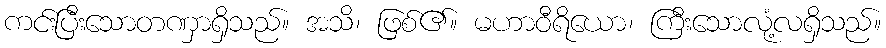
ကင်းပြီးသောတဏှာရှိသည်။ အသိ၊ ဖြစ်၏။ မဟာဝီရိယော၊ ကြီးသောလုံ့လရှိသည်။